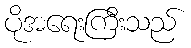
ပိုအရေးကြီးသည်